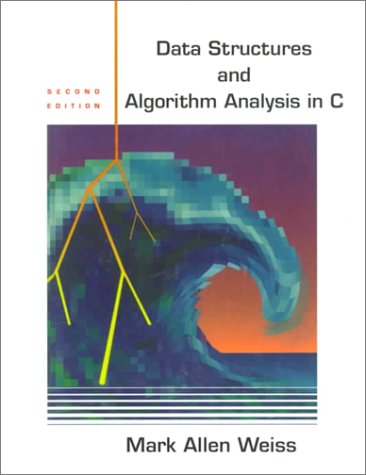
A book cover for Data Structures and Algorithm Analysis in C (2nd Edition); Mark A. Weiss; Computers & Technology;